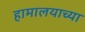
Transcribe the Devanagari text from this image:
हामालयाच्या